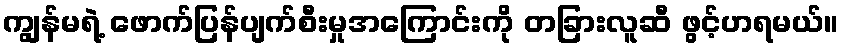
ကျွန်မရဲ့ ဖောက်ပြန်ပျက်စီးမှုအကြောင်းကို တခြားလူဆီ ဖွင့်ဟရမယ်။